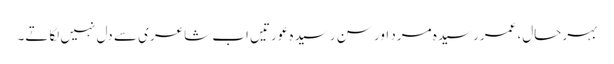
بہرحال، عمررسیدہ مرد اور سن رسیدہ عورتیں اب شاعری سے دل نہیں لگاتے۔